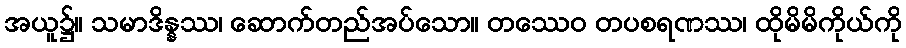
အယူ၌။ သမာဒိန္နဿ၊ ဆောက်တည်အပ်သော။ တဿေဝ တပစရဏဿ၊ ထိုမိမိကိုယ်ကို